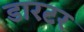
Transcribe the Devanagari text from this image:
डारटर